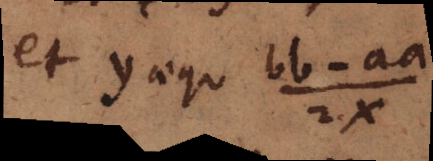
et y aequ bb-aa/2x